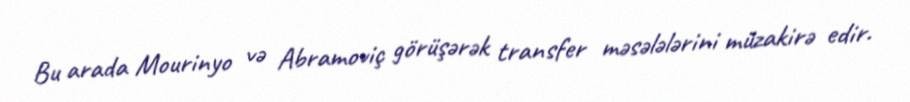
Bu arada Mourinyo və Abramoviç görüşərək transfer məsələlərini müzakirə edir.